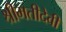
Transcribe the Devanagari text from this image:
श्रीमतीदेवी